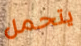
يتحمل